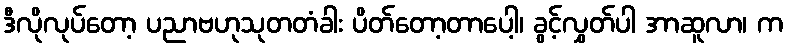
ဒီလိုလုပ်တော့ ပညာဗဟုသုတတံခါး ပိတ်တော့တာပေါ့၊ ခွင့်လွှတ်ပါ အာဆူလာ၊ က